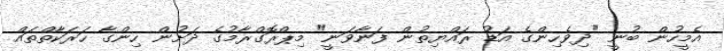
އެމީހުން ބުނީ "ދިވެހިންގެ އަޑު ރައްޔިތުން ފަނާވަނީ" މިޕްރޮގްރާމުގެ ދަށުން ހިންގާ ހަރަކާތްތައް